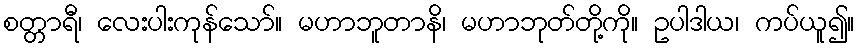
စတ္တာရီ၊ လေးပါးကုန်သော်။ မဟာဘူတာနိ၊ မဟာဘုတ်တို့ကို။ ဥပါဒါယ၊ ကပ်ယူ၍။